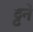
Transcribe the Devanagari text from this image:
ट्टने